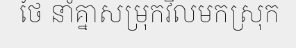
ថៃ នាំគ្នាសម្រុកវិលមកស្រុក